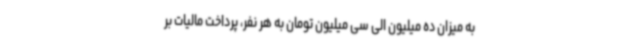
به میزان ده میلیون الی سی میلیون تومان به هر نفر، پرداخت مالیات بر